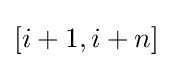
[i+1,i+n]